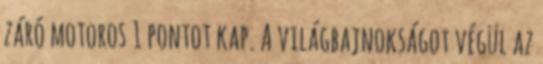
záró motoros 1 pontot kap. A világbajnokságot végül az